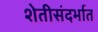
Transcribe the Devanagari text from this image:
शेतीसंदर्भात